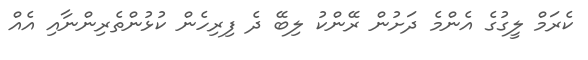
ކެރަމް ލީގުގެ އެންމެ ދަށުން ރޭންކު ލިބޭ ދެ ފިރިހެން ކުޅުންތެރިންނާއި އެއް